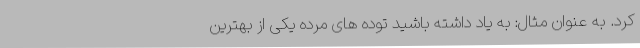
کرد. به عنوان مثال: به یاد داشته باشید توده های مرده یکی از بهترین